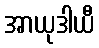
အာယုဒါယီ